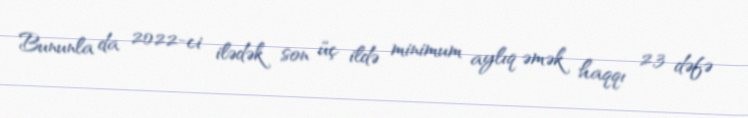
Bununla da 2022-ci ilədək son üç ildə minimum aylıq əmək haqqı 2,3 dəfə